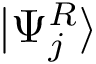
\vert \Psi _ { j } ^ { R } \rangle